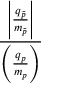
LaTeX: \frac { \left| { \frac { q _ { \bar { p } } } { m _ { \bar { p } } } } \right| } { \left( { \frac { q _ { p } } { m _ { p } } } \right) }